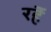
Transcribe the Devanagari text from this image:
रहॆं